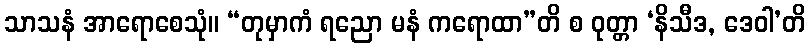
သာသနံ အာရောစေသုံ။ “တုမှာကံ ရညော မနံ ကရောထာ”တိ စ ဝုတ္တာ ‘နိသီဒ, ဒေဝါ’တိ